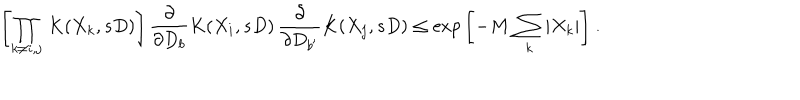
\left. \left[ \prod _ { k \neq i , j } \, K ( X _ { k } , s D ) \right] \frac { \partial } { \partial D _ { b } } K ( X _ { i } , s D ) \, \frac { \partial } { \partial D _ { b ^ { \prime } } } K ( X _ { j } , s D ) \leq \exp { \left[ - M \, \sum _ { k } | X _ { k } | \right] } \ . \right.